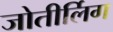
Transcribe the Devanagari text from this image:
जोतीर्लिग